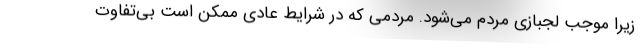
زیرا موجب لجبازی مردم می‌شود. مردمی که در شرایط عادی ممکن است بی‌تفاوت